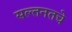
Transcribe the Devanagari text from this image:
सल्तनतचे